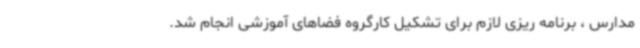
مدارس ، برنامه ریزی لازم برای تشکیل کارگروه فضاهای آموزشی انجام شد.